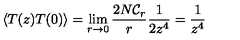
\langle T ( z ) T ( 0 ) \rangle = \lim _ { r \rightarrow 0 } \frac { 2 N { \cal C } _ { r } } { r } \frac { 1 } { 2 z ^ { 4 } } = \frac { 1 } { z ^ { 4 } }